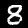
Digit: 8